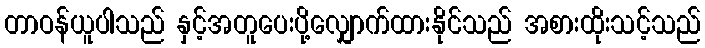
တာဝန်ယူပါသည် နှင့်အတူပေးပို့လျှောက်ထားနိုင်သည် အစားထိုးသင့်သည်